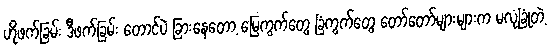
ဟိုဖက်ခြမ်း ဒီဖက်ခြမ်း တောင်ပဲ ခြားနေတော့ မြေကွက်တွေ ခြံကွက်တွေ တော်တော်များများက မလုံခြုံတဲ့